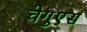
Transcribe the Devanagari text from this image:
चेगुएस